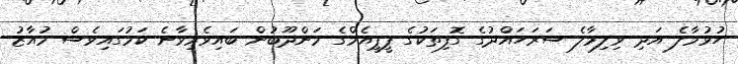
ހުޅުމާލެ އަދި ވިލިމާލެ ސަރަހައްދުގެ ގޮފިތަކުގެ ޕީޕީއެމްގެ މަންދޫބުން ބައިވެރިވާނެ ކަމުގައިވެސް މުއާޒު